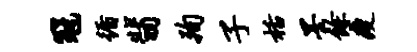
冠循翡殉子栝墨余瘦